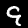
Digit: 9